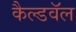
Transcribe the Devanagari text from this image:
कैल्डवॅल